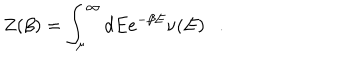
Z ( \beta ) = \int _ { \mu } ^ { \infty } d E e ^ { - \beta E } \nu ( E ) .